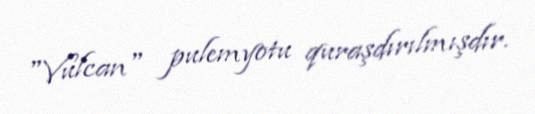
"Vulcan" pulemyotu quraşdırılmışdır.